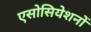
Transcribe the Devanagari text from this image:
एसोसियेशनों